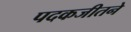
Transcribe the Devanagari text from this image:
पदकजीतने